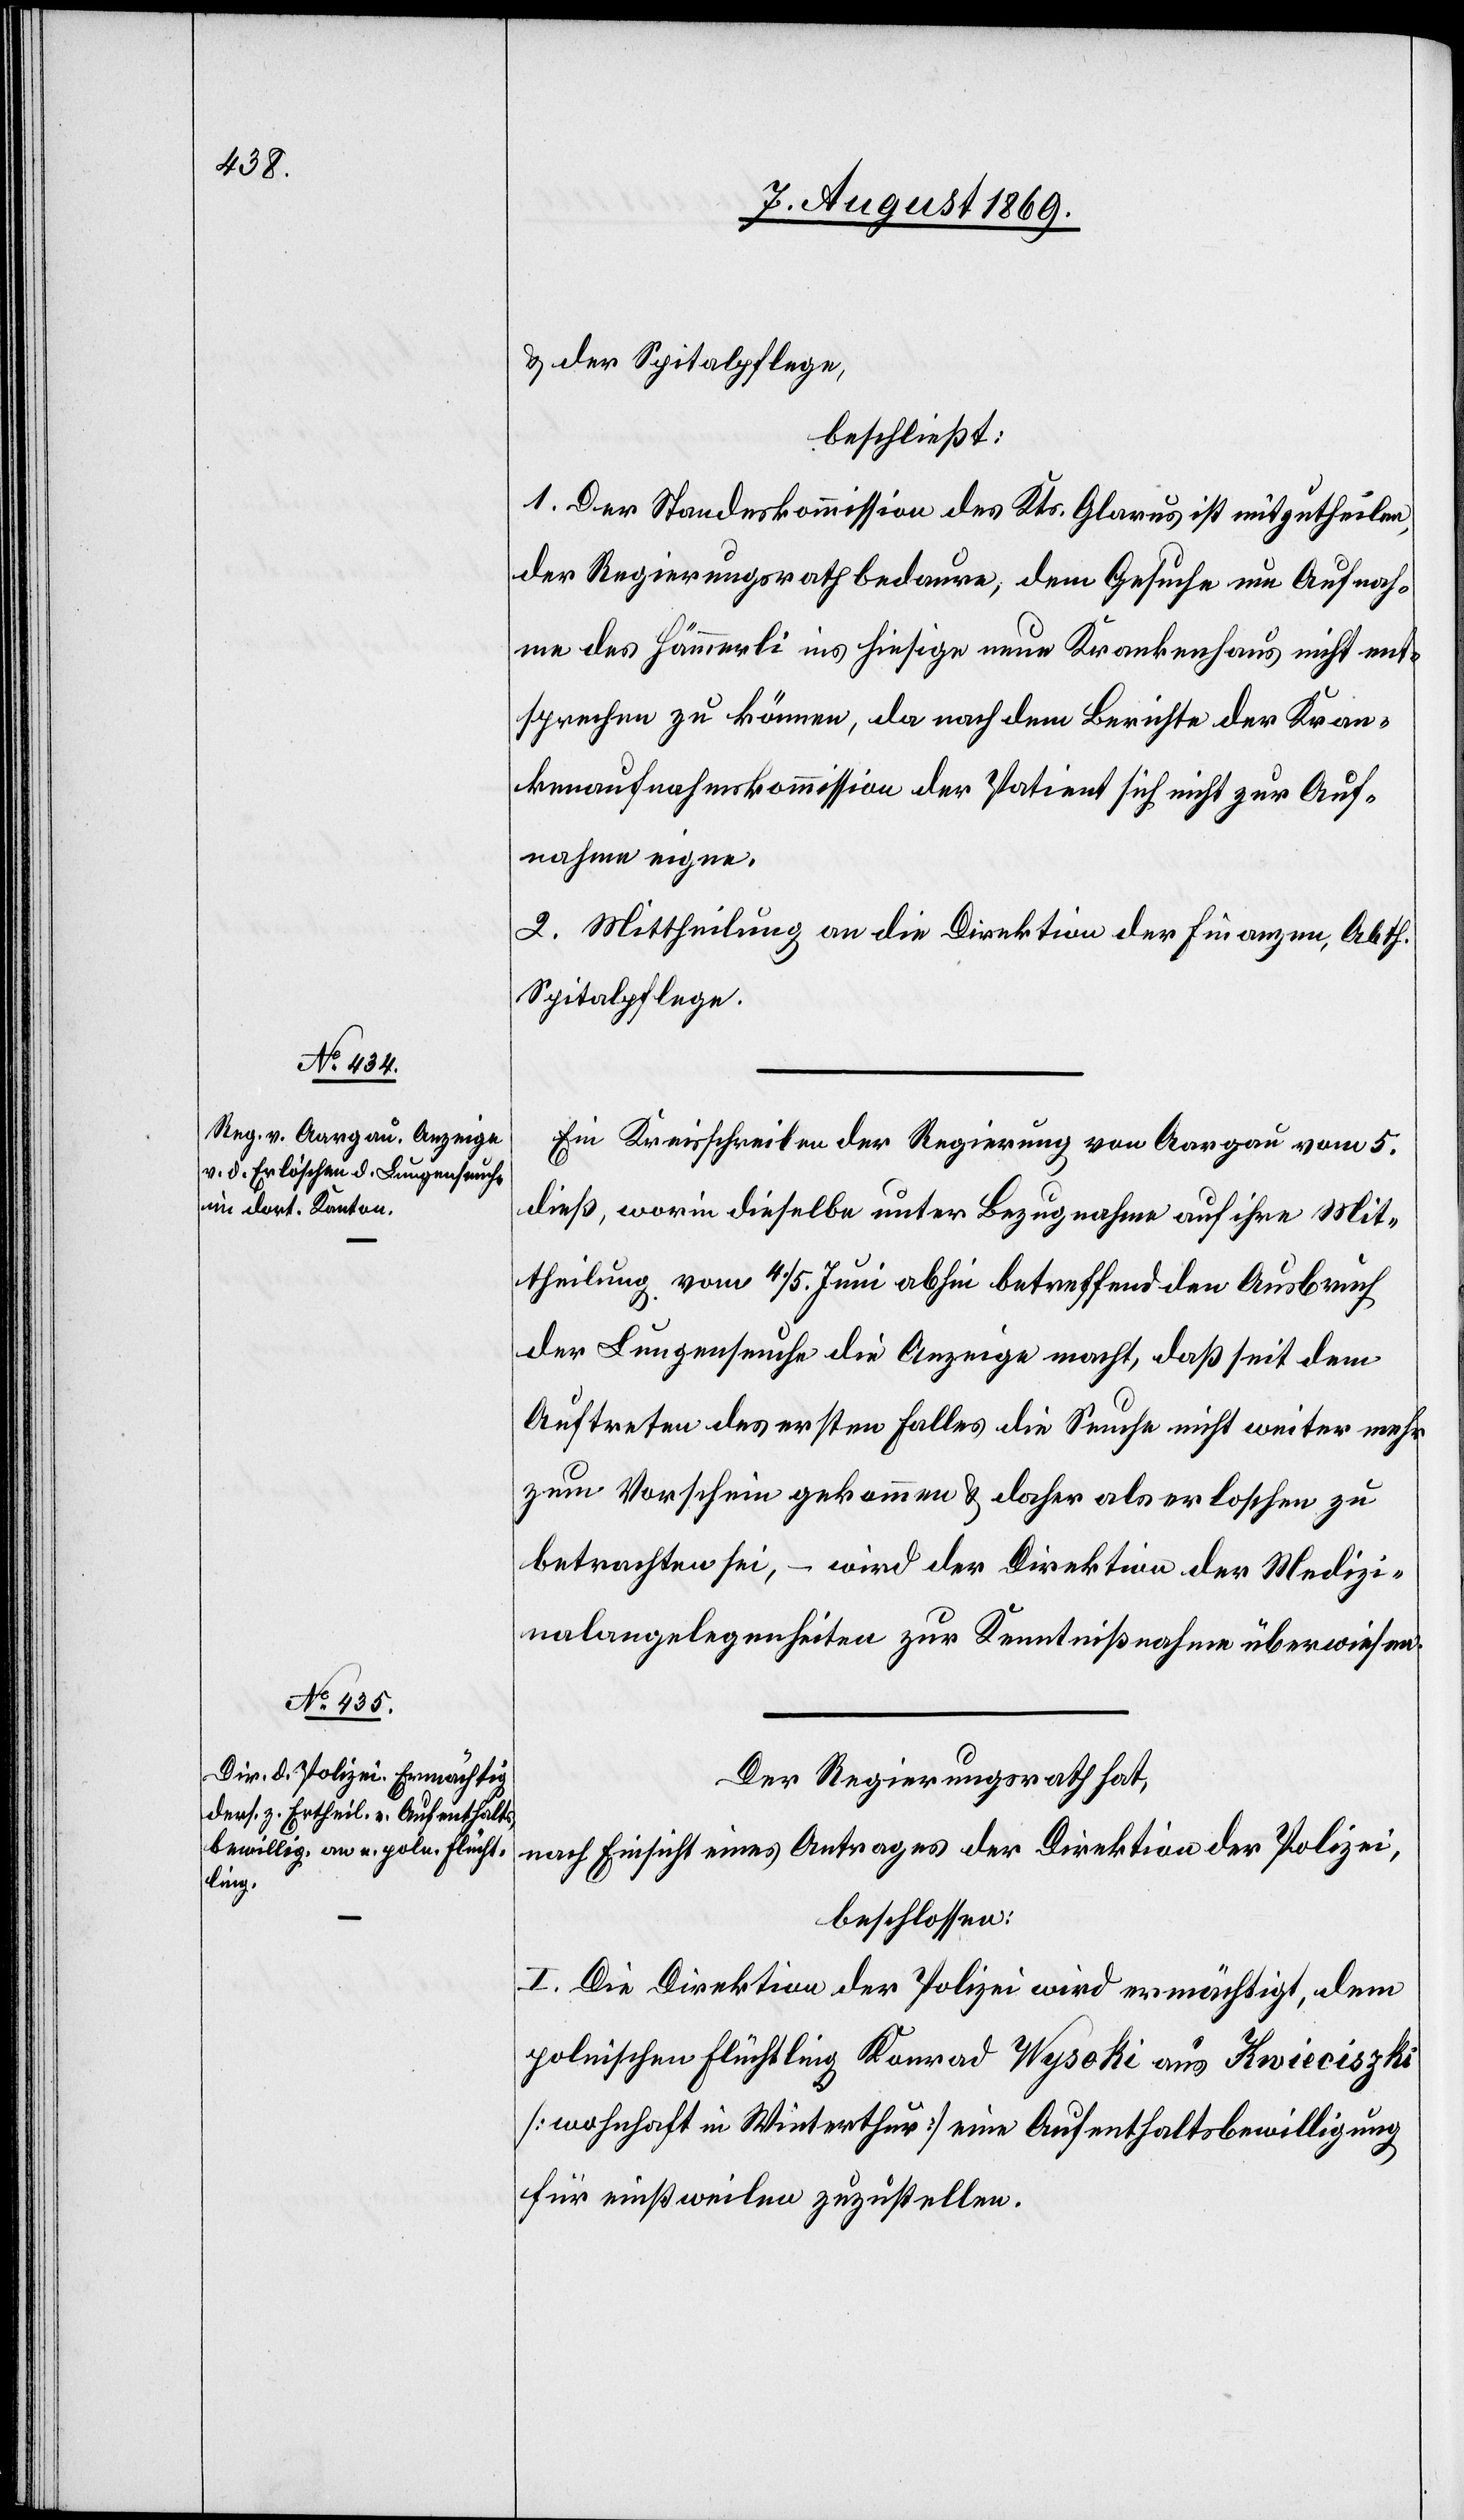
& der Spitalpflege,
beschließt:
1. Der Standeskommission des Kts. Glarus ist mitzutheilen,
der Regierungsrath bedauere, dem Gesuche um Aufnah¬
me des Hämmerli ins hiesige neue Krankenhaus nicht ent¬
sprechen zu können, da nach dem Berichte der Kran¬
kenaufnahmskommission der Patient sich nicht zur Auf¬
nahme eigne.
2. Mittheilung an die Direktion der Finanzen, Abth.
Spitalpflege.
Ein Kreisschreiben der Regierung von Aargau vom 5
dieß, worin dieselbe unter Bezugnahme auf ihre Mit¬
theilung vom 4/5 Juni abhin betreffenden Ausbruch
der Lungenseuche die Anzeige macht, daß seit dem
Auftreten des ersten Falles die Seuche nicht weiter mehr
zum Vorschein gekommen & daher als erloschen zu
betrachten sei, – wird der Direktion der Medizi¬
nalangelegenheiten zur Kenntnißnahme überwiesen.
Der Regierungsrath hat,
nach Einsicht eines Antrages der Direktion der Polizei,
beschlossen:
I. Die Direktion der Polizei wird ermächtigt, dem
polnischen Flüchtling Konrad Wysoki aus Kwieciszki
[wohnhaft in Winterthur] eine Aufenthaltsbewilligung
für einstweilen zuzustellen.